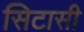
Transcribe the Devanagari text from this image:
सिटासी